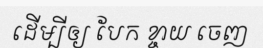
ដើម្បីឲ្យ បែក ខ្ចាយ ចេញ